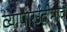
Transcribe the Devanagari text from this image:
व्यापारउदीमाचे